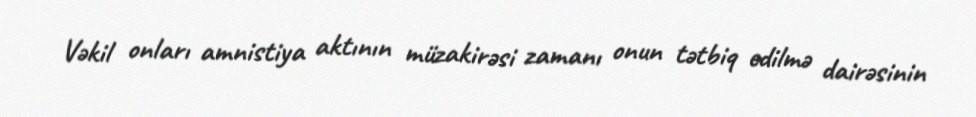
Vəkil onları amnistiya aktının müzakirəsi zamanı onun tətbiq edilmə dairəsinin